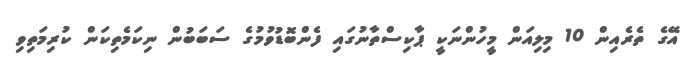
އޭގެ ތެރެއިން 10 މިލިއަން މީހުންނަކީ ޕާކިސްތާނުގައި ފެންބޮޑުވުމުގެ ސަބަބުން ނިކަމެތިކަން ކުރިމަތިވި